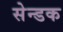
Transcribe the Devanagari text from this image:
सेन्डक